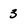
Character: 3